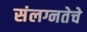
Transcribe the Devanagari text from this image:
संलग्नतेचे